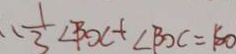
\frac { 1 } { 3 } \angle B D C + \angle B O C = 1 8 0